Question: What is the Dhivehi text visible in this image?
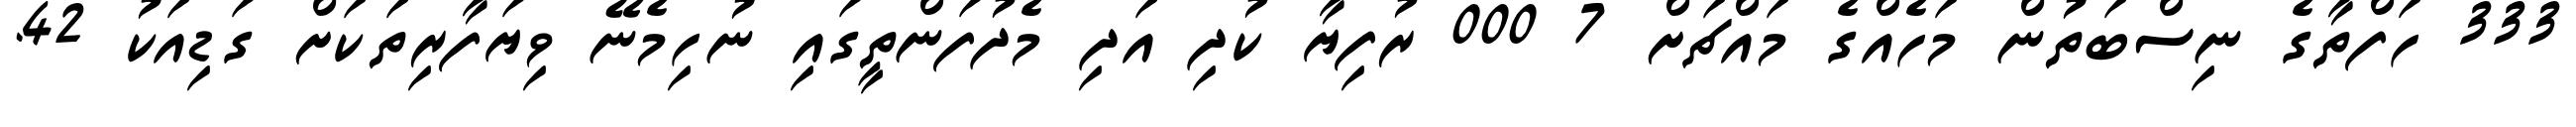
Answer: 333 ހަފްތާގެ ނިސްބަތުން މަހެއްގެ މައްޗަށް 7 000 ރުފިޔާ ކުދި އަދި މެދުފަންތީގައި ނުހިމެނޭ ވިޔަފާރިތަކަށް ގަޑިއަކު 42.